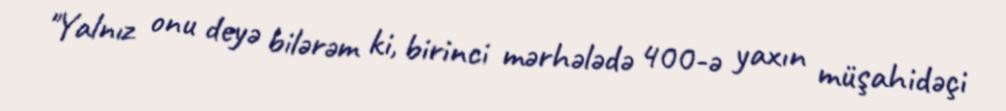
"Yalnız onu deyə bilərəm ki, birinci mərhələdə 400-ə yaxın müşahidəçi